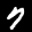
Label: 7